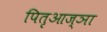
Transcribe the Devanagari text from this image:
पितृआज्ञा